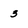
Character: 3